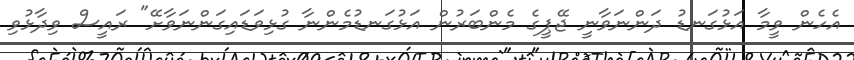
އެހެން ވީމާ އަޅުގަނޑު ދަންނަވާނީ ޖޭޕީގެ މެންބަރުން އަޅުގަނޑުމެންނާ ގުޅިވަޑައިގަންނަވާށޭ" ރައީސް ވިދާޅުވި